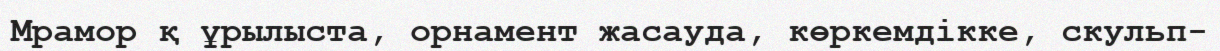
Мрамор қ ұрылыста, орнамент жасауда, көркемдікке, скульп-